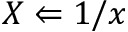
X \Leftarrow 1 / x